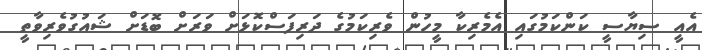
އެއީ ސިޔާސީ ކަންކަމުގައި އެމެރިކާ މީހުން ވެރިކަމުގެ ދަރިފަސްކޮޅަށް ވަރަށް ބޮޑަށް ޝައުގުވެރިވާތީ